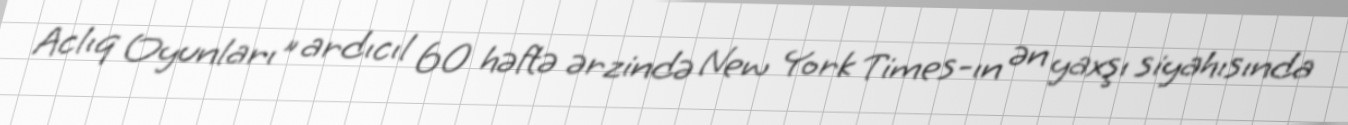
Aclıq Oyunları" ardıcıl 60 həftə ərzində New York Times-ın ən yaxşı siyahısında